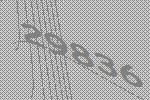
29836